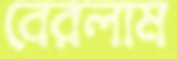
বেরলাম